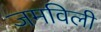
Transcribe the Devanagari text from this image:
जमविली